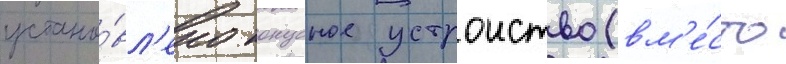
устано́вл'ено конусное устроиство (вм'е́сто